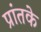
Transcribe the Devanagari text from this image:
प्रांतके